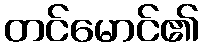
တင်မောင်၏